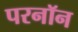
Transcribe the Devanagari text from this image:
परनॉन